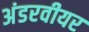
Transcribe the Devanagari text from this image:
अंडरवीयर